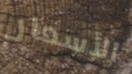
الأسعار